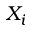
X _ { i }